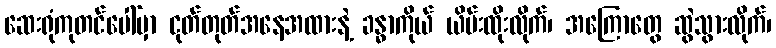
ဆေးရုံကုတင်ပေါ်မှာ ငုတ်တုတ်အနေအထားနဲ့ ခန္ဓာကိုယ် ယိမ်းထိုးလိုက်၊ အကြောတွေ ဆွဲသွားလိုက်၊